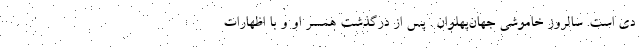
دی است. سالروز خاموشی جهان‌پهلوان . پس از درگذشت همسر او و با اظهارات